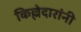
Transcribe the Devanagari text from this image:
किल्लेदारांनी